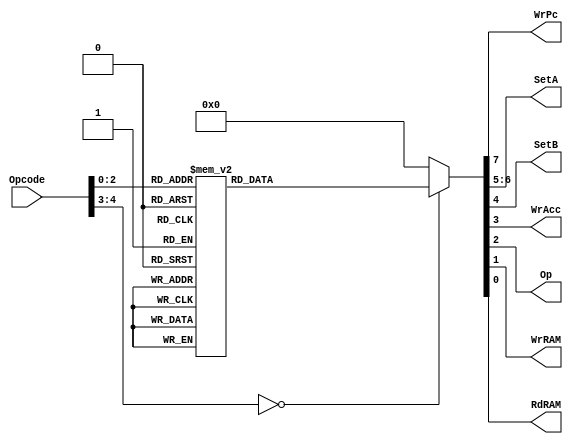
`timescale 1ns / 1ps
//////////////////////////////////////////////////////////////////////////////////
// Company: 				FS Inc.
//						    Sieber, Braian
// 
// Design Name:			Circuito combinacional
// Module Name:   		Decodificador de instrucciones
// Project Name: 	    BIP I
// Target Devices:	    basys 3
// Tool versions: 	    Vivado
// Description: 	    Modulo parte de la unidad de control de un CPU BIP
//
// Dependencies: 			
//
// Revision: 				
// Revision 0.01 - File Created
// Additional Comments: 
//
//////////////////////////////////////////////////////////////////////////////////

module Decoder
	(
		input [4:0] Opcode,
		output WrPc,
		output [1:0] SetA,
		output SetB,
		output WrAcc,
		output Op,
		output WrRAM,
		output RdRAM
	);	
	
	reg[7:0] Output;          // registro auxiliar que asignadmos a las salidas
	assign WrPc = Output[7];  // entrada al PC para aumentar su valor en 1
    assign SetA= Output[6:5]; // selector para la entrada al acumulador, entre dato directo, inmediato  salida de la ALU
    assign SetB= Output[4];   // selector entre dato inmediato o directo para la entrada a la alu
    assign WrAcc= Output[3];  // entrada al acumulador para permitir escritura
    assign Op= Output[2];     // entrada a la alu para seleccionar entre operacion de suma y resta
    assign WrRAM= Output[1];  // entrada a la mamoria de datos para permitir escritura 
    assign RdRAM= Output[0];  // entrada a la memoria para permitir lectura
	
	always @(*)
	begin                                                //                  |
		case (Opcode)                                    // Operation        | WrPc  | SetA | SetB | WrAcc | Op | WrRAM | RdRAM |
		                                                 //---------------------------------------------------------------------
                3'b000: 	Output = 	00000000; 		 // HALT             |   1   |  00  |  0   |   0   | 0  |   0   |   0   |
				3'b001: 	Output = 	10000010; 	     // STORE VARIABLE   |   1   |  xx  |  x   |   0   | x  |   1   |   0   |
				3'b010: 	Output = 	10001001;        // LOAD VARIABLE    |   1   |  00  |  x   |   1   | x  |   0   |   1   |
				3'b011: 	Output = 	10101000;        // LOAD INMEDIATE   |   1   |  01  |  x   |   1   | x  |   x   |   x   |
				3'b100: 	Output = 	11001101;        // ADD VARIABLE     |   1   |  10  |  0   |   1   | 1  |   0   |   1   |
				3'b101: 	Output = 	11011100;        // ADD INMEDIATE    |   1   |  10  |  1   |   1   | 1  |   0   |   0   |
				3'b110: 	Output = 	11001001;        // SUB VARIABLE     |   1   |  10  |  0   |   1   | 0  |   0   |   1   |
				3'b111: 	Output = 	11011000;        // SUB INMEDIATE    |   1   |  10  |  1   |   1   | 0  |   0   |   0   |
 				default: 	Output = 	00000000;		 
		endcase
	end
endmodule